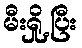
မီးရှို့ပြီး